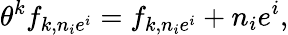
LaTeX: \theta^{k}f_{k,n_{i}e^{i}}=f_{k,n_{i}e^{i}}+n_{i}e^{i},